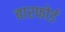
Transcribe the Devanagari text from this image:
बारफोर्ड